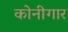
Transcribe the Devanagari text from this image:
कोनीगार